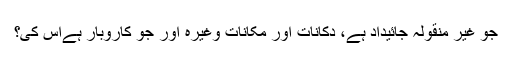
جو غیر منقولہ جائیداد ہے، دکانات اور مکانات وغیرہ اور جو کاروبار ہےاس کی؟